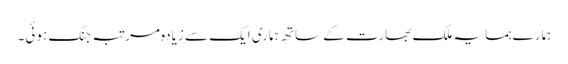
ہمارے ہمسایہ ملک بھارت کے ساتھ ہماری ایک سے زیادہ مرتبہ جنگ ہوئی۔